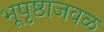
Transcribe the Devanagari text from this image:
भूपृष्ठाजवळ